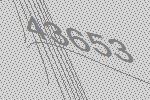
43653